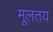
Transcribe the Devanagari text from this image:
मूलतय